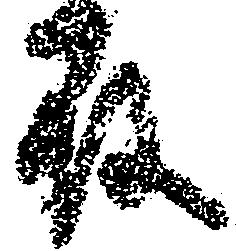
殿